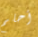
أحلم